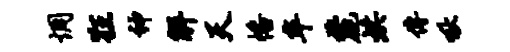
惆狂神解天幡卒麓烘传啾